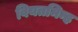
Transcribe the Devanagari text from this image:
वियतमिन्ह